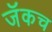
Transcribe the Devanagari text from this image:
जॅकच